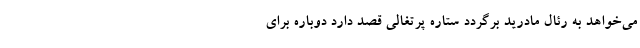
می‌خواهد به رئال مادرید برگردد ستاره پرتغالی قصد دارد دوباره برای